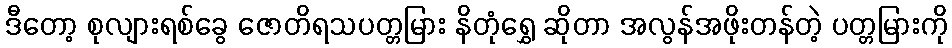
ဒီတော့ စုလျားရစ်ခွေ ဇောတိရသပတ္တမြား နိတုံရွှေ ဆိုတာ အလွန်အဖိုးတန်တဲ့ ပတ္တမြားကို